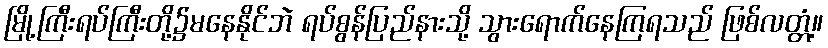
မြို့ကြီးရပ်ကြီးတို့၌မနေနိုင်ဘဲ ရပ်စွန်ပြည်နားသို့ သွားရောက်နေကြရသည် ဖြစ်လတ္တံ့။